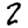
Digit: 2